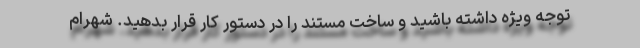
توجه ویژه داشته باشید و ساخت مستند را در دستور کار قرار بدهید. شهرام